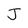
Character: J